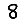
Digit: 8